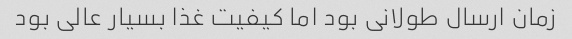
زمان ارسال طولانی بود اما کیفیت غذا بسیار عالی بود